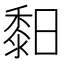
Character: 䵒